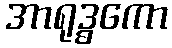
အာရုဒ္ဓကော